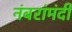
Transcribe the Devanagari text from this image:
नंबरांमंदी